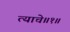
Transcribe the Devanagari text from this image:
त्याचे॥१॥